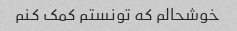
خوشحالم که تونستم کمک کنم